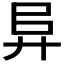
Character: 𢍀